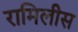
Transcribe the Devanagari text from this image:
रामिलीस